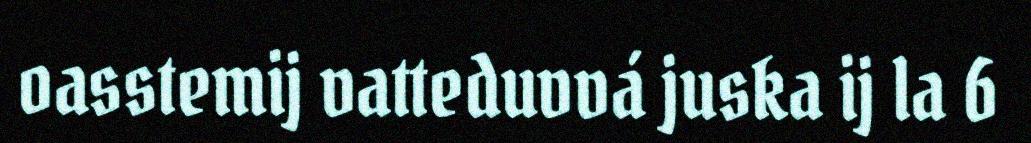
oasstemij vatteduvvá juska ij la 6